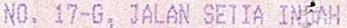
NO. 17-G, JALAN SETIA INDAH